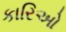
કારિઓ